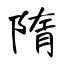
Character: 隋